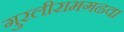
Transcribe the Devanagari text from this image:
गुरलीरामगढवा